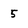
Character: 5